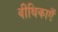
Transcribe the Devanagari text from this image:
वीथिकाएँ